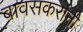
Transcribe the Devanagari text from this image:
बावसकरांनी